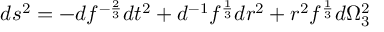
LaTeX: d s ^ { 2 } = - d f ^ { - { \frac { 2 } { 3 } } } d t ^ { 2 } + d ^ { - 1 } f ^ { \frac { 1 } { 3 } } d r ^ { 2 } + r ^ { 2 } f ^ { \frac { 1 } { 3 } } d \Omega _ { 3 } ^ { 2 }